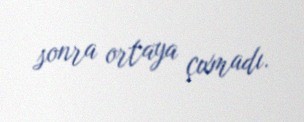
sonra ortaya çıxmadı.